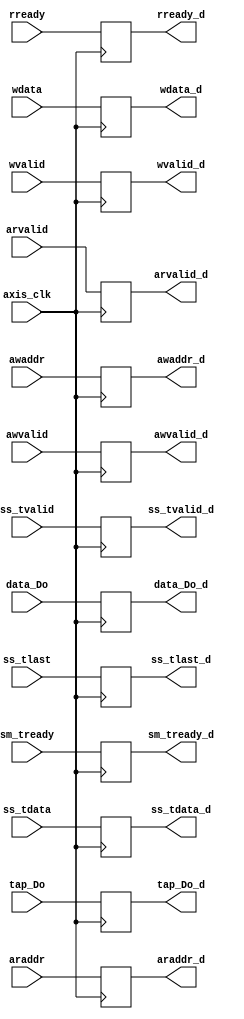
module input_buffer
#(  parameter pADDR_WIDTH = 12,
    parameter pDATA_WIDTH = 32
)
(
    input axis_clk,
    //////////////////////////////////////////////////////////////////////////////////
    // INPUT
    //////////////////////////////////////////////////////////////////////////////////
    // AXI_Lite protocal
    input [pADDR_WIDTH-1:0] awaddr,         
    input awvalid,        
    input [pDATA_WIDTH-1:0] wdata,          
    input wvalid,         
    input [pADDR_WIDTH-1:0] araddr,         
    input arvalid,        
    input rready,         
    // AXI_Stream protocal
    input ss_tvalid,      
    input [pDATA_WIDTH-1:0] ss_tdata,       
    input ss_tlast,       
    input sm_tready,     
    // tap sram
    input [pDATA_WIDTH-1:0] tap_Do,         
    // data sram
    input [pDATA_WIDTH-1:0] data_Do,
    //////////////////////////////////////////////////////////////////////////////////
    // OUTPUT
    //////////////////////////////////////////////////////////////////////////////////
    // AXI_Lite protocal
    output reg [pADDR_WIDTH-1:0] awaddr_d,         
    output reg awvalid_d,        
    output reg [pDATA_WIDTH-1:0] wdata_d,          
    output reg wvalid_d,         
    output reg [pADDR_WIDTH-1:0] araddr_d,         
    output reg arvalid_d,        
    output reg rready_d,         
    // AXI_Stream protocal
    output reg ss_tvalid_d,      
    output reg [pDATA_WIDTH-1:0] ss_tdata_d,       
    output reg ss_tlast_d,       
    output reg sm_tready_d,     
    // tap sram
    output reg [pDATA_WIDTH-1:0] tap_Do_d,         
    // data sram
    output reg [pDATA_WIDTH-1:0] data_Do_d
);

always @(posedge axis_clk) begin
    // AXI_Lite protocal
    awaddr_d    <= awaddr;
    awvalid_d   <= awvalid;
    wdata_d     <= wdata;
    wvalid_d    <= wvalid;
    araddr_d    <= araddr;
    arvalid_d   <= arvalid;
    rready_d    <= rready;
    // AXI_Stream protocal
    ss_tvalid_d <= ss_tvalid;
    ss_tdata_d  <= ss_tdata;
    ss_tlast_d  <= ss_tlast;
    sm_tready_d <= sm_tready;
    // tap sram
    tap_Do_d    <= tap_Do;
    // data sram
    data_Do_d   <= data_Do;
end

endmodule